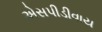
એસપીડીવાય